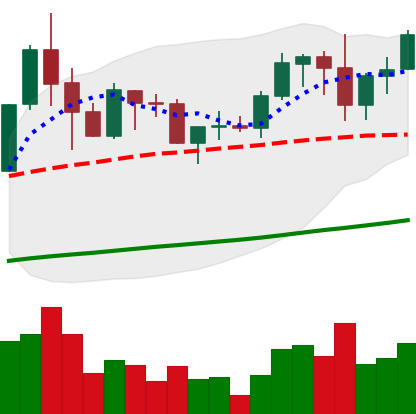
Ticker: ADA-USD
Chart end date: 2019-06-02
Forward return: -11.153%
Label: down_7plus